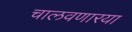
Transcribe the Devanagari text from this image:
चालवणारया